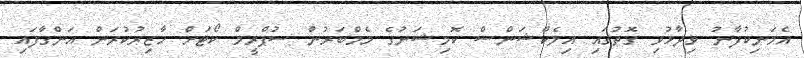
އެމަނިކުފާނު ވިދާޅުވި ގޮތުގައި އިލެކްޝަންސް ކޮމިޝަނުގެ މެމްބަރުން ސުޕްރީމް ކޯޓަށް ހާޒިރުކުރަން އަންގާފައި